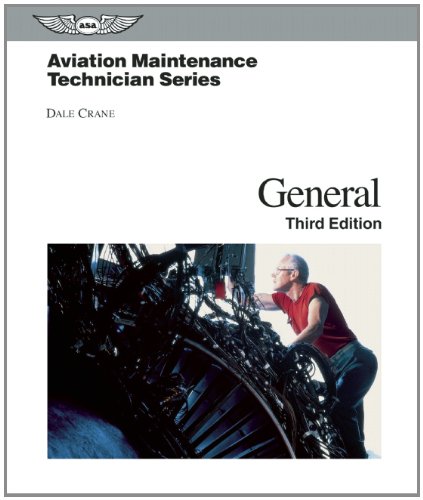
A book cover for Aviation Maintenance Technician: General (Aviation Maintenance Technician series); Dale Crane; Engineering & Transportation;